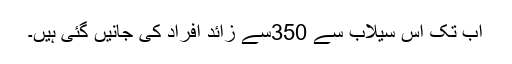
اب تک اس سیلاب سے 350سے زائد افراد کی جانیں گئی ہیں۔